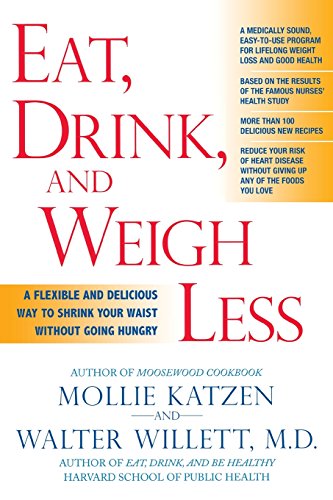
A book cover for Eat, Drink, and Weigh Less: A Flexible and Delicious Way to Shrink Your Waist Without Going Hungry; Mollie Katzen; Health, Fitness & Dieting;